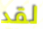
لقد